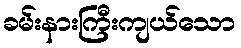
ခမ်းနားကြီးကျယ်သော